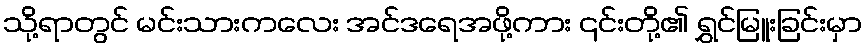
သို့ရာတွင် မင်းသားကလေး အင်ဒရေအဖို့ကား ၎င်းတို့၏ ရွှင်မြူးခြင်းမှာ